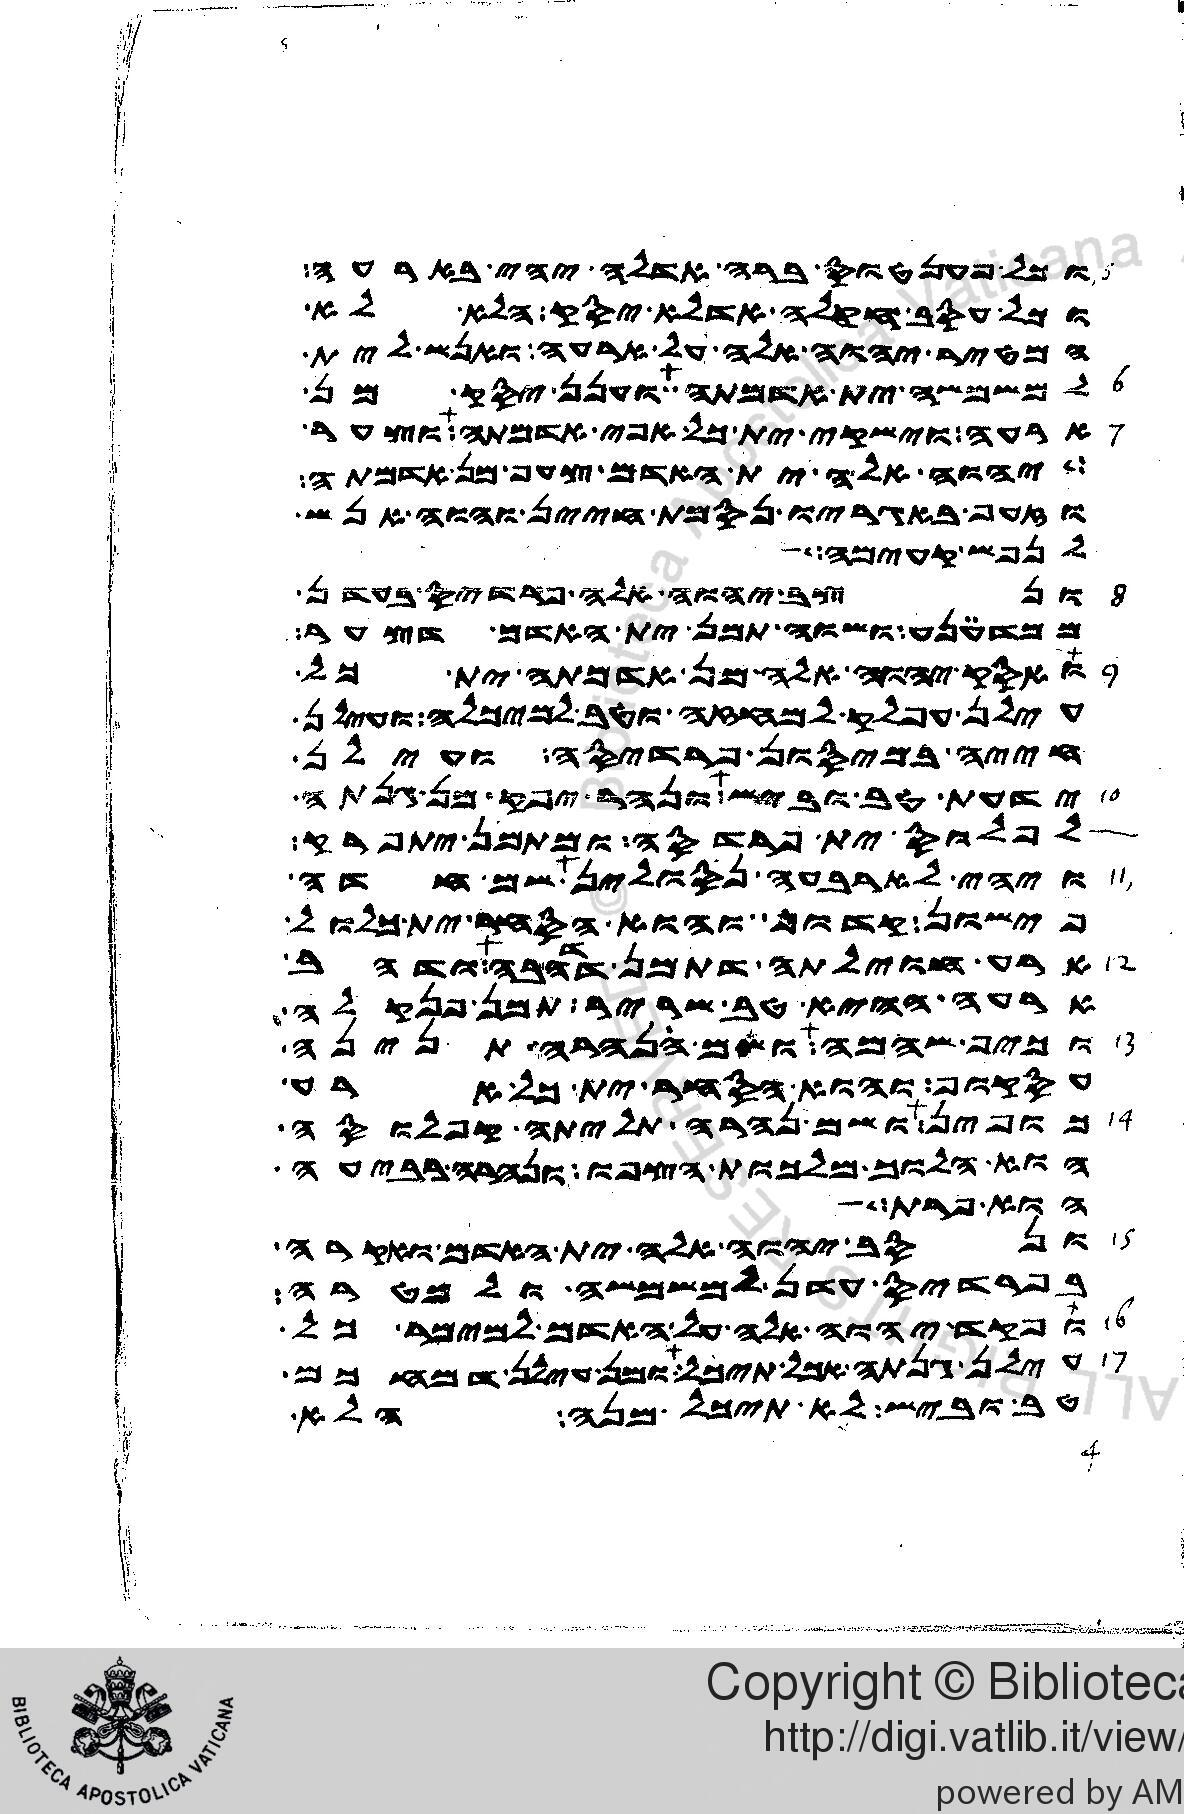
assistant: וכל פענטוס ברה אדלה יהי בארעה
וכל עסב חקלה אדלא יסק הלא לא
המטיר יהוה אלה על ארעה ואנש לית
למשמשה ית אדמתה וענן יסק מן
ארעה וישקי ית כל אפי אדמתה וצער
יהוה אלה ית האדם צעף מן אדמתה
וזעף באגריו נסמת חיין והוה אנש
לנפש קעימה
ונצב יהוה אלה פרדיס בעדן
ממדענע ושוה תמן ית האדם דצער
ואסק יהוה אלה מן אדמתה ית כל
עילן עפלק למחזה וטב למיכלה ועילן
חייה במיסון פרדיסה ועילן
ידעת טב וביש ונהר יפק מן גנתה
לפלוס ית פרדסה ומתמן יתפרק
ויהי לארבעה נסולין שם חדה
פישון קדוף והוא הסחר ית כלול
ארע חוילתה דתמן דדהבה ודהב
ארעה ההיא טב שריר תמן פנקלה
וכיף שהמה ושם נהרה תנינה
עסקוף והוא הסחר ית כל ארע
כופין ושם נהרה תליתה קפלוסה
הוא הלוך מלכות הצפו ונהרה רביעה
הוא פרת
ונסב יהוה אלה ית האדם ואקרה
בפרדיס עדן למשמשה ולמטרה
ופקד יהוה אלה על האדם למימר כל
עילן גנתה אכל תיכל ומן עילן דמחכם
טב וביש לא תיכל מנה הלא